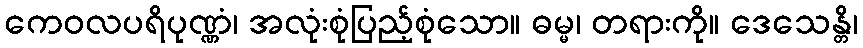
ကေဝလပရိပုဏ္ဏံ၊ အလုံးစုံပြည့်စုံသော။ ဓမ္မ၊ တရားကို။ ဒေသေန္တိ၊